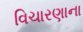
વિચારણાના